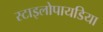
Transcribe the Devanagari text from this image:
स्टाइलोपायडिया